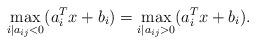
LaTeX: \begin{align*}\max_{i\mid a_{ij}<0} (a_i^Tx+b_i) = \max_{i\mid a_{ij}>0} (a_i^Tx+b_i) .\end{align*}